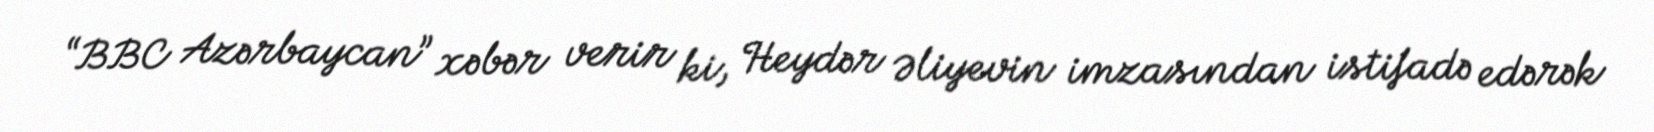
“BBC Azərbaycan” xəbər verir ki, Heydər Əliyevin imzasından istifadə edərək